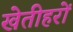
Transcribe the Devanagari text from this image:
खेतीहरों